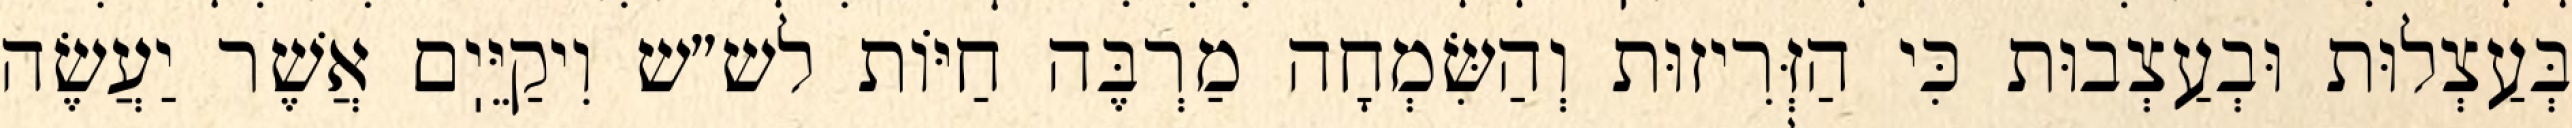
בְּעַצְלוּת וּבְעַצְבוּת כִּי הַזְּרִיזוּת וְהַשִּׂמְחָה מַרְבֶּה חַיּוֹת לש״ש וִיקַיֵּיֽם אֲשֶׁר יַעֲשֶׂה